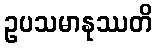
ဥပသမာနုဿတိ